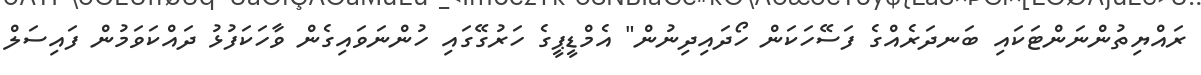
ރައްޔިތުންނަންޓަކައި ބަނދަރެއްގެ ފަސޭހަކަން ހޯދައިދިނުން" އެމްޑީޕީގެ ހަރުގޭގައި ހުންނަވައިގެން ވާހަކަފުޅު ދައްކަވަމުން ފައިސަލް